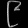
Digit: ၉